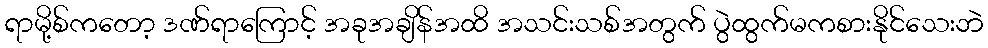
ရာမို့စ်ကတော့ ဒဏ်ရာကြောင့် အခုအချိန်အထိ အသင်းသစ်အတွက် ပွဲထွက်မကစားနိုင်သေးဘဲ